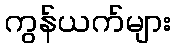
ကွန်ယက်များ